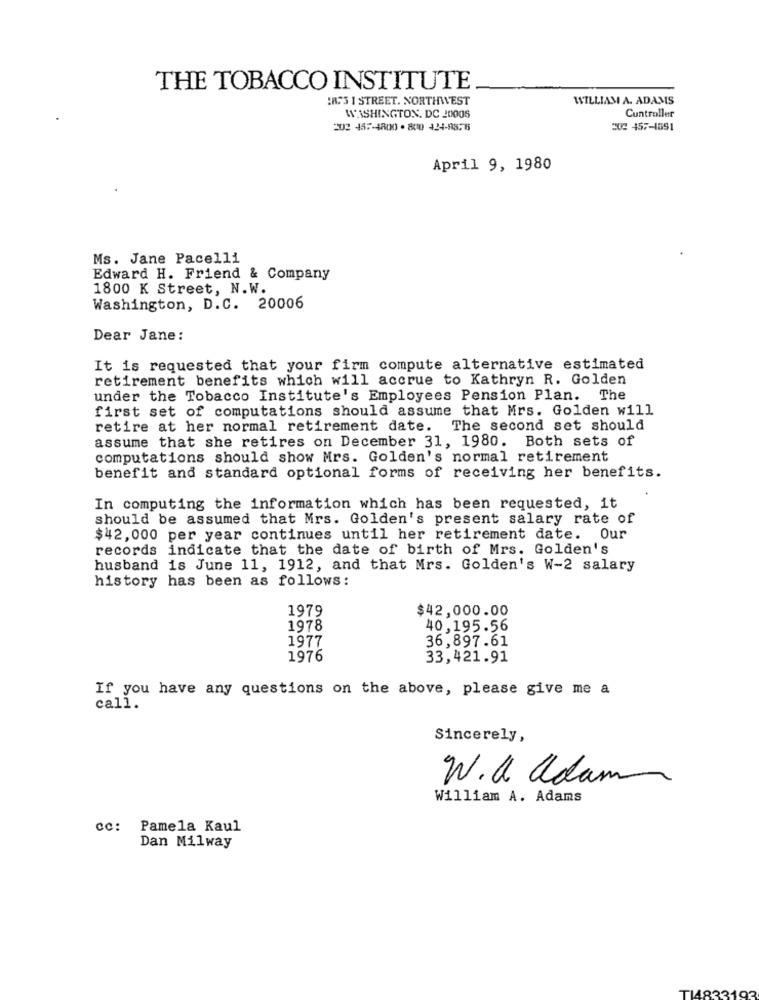
THE TOBACCO INSTITUTE
IRS3 1 STREET. NORTHWEST
WILLIAM A. ADAMS
WASHINGTON, DC 20006
Controller
203 457-4800 - 800 424-8876
20 457-1891
April 9, 1980
Ms. Jane Pacelli
Edward H. Friend & Company
1800 K Street, N.W.
Washington, D.C. 20006
Dear Jane:
It is requested that your firm compute alternative estimated
retirement benefits which will accrue to Kathryn R. Golden
under the Tobacco Institute's Employees Pension Plan. The
first set of computations should assume that Mrs. Golden will
retire at her normal retirement date. The second set should
assume that she retires on December 31, 1980. Both sets of
computations should show Mrs. Golden's normal retirement
benefit and standard optional forms of receiving her benefits.
In computing the information which has been requested, it
should be assumed that Mrs. Golden's present salary rate of
$42,000 per year continues until her retirement date. Our
records indicate that the date of birth of Mrs. Golden's
husband is June 11, 1912, and that Mrs. Golden's W-2 salary
history has been as follows:
1979
$42,000.00
1978
40,195.56
1977
36,897.61
1976
33,421.91
If you have any questions on the above, please give me a
call.
Sincerely,
W. a adam
William A. Adams
cc:
Pamela Kaul
Dan Milway
TI4833193